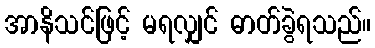
အာနိသင်ဖြင့် မရလျှင် ဓာတ်ခွဲရသည်။